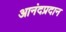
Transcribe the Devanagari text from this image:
आनंदप्रदान